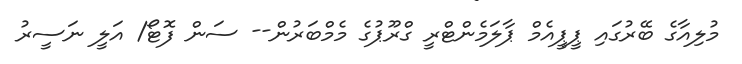
މުލިއާގެ ބޭރުގައި ޕީޕީއެމް ޕާލަމެންޓްރީ ގްރޫޕުގެ މެމްބަރުން-- ސަން ފޮޓޯ/ އަލީ ނަސީރު